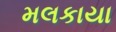
મલકાયા